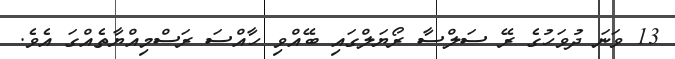
13 ވަނަ ދުވަހުގެ ރޭ ސަލްސާ ރޯޔަލްގައި ބޭއްވި ހާއްސަ ރަސްމިއްޔާތެއްގަ އެވެ.